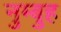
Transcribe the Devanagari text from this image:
नुम्बुह